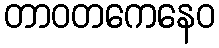
တာဝတကေနေဝ